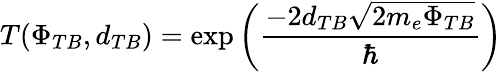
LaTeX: T(\Phi_{TB},d_{TB})=\exp\left(\frac{-2d_{TB}\sqrt{2m_{e}\Phi_{TB}}}{\hbar}\right)